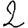
Digit: 2